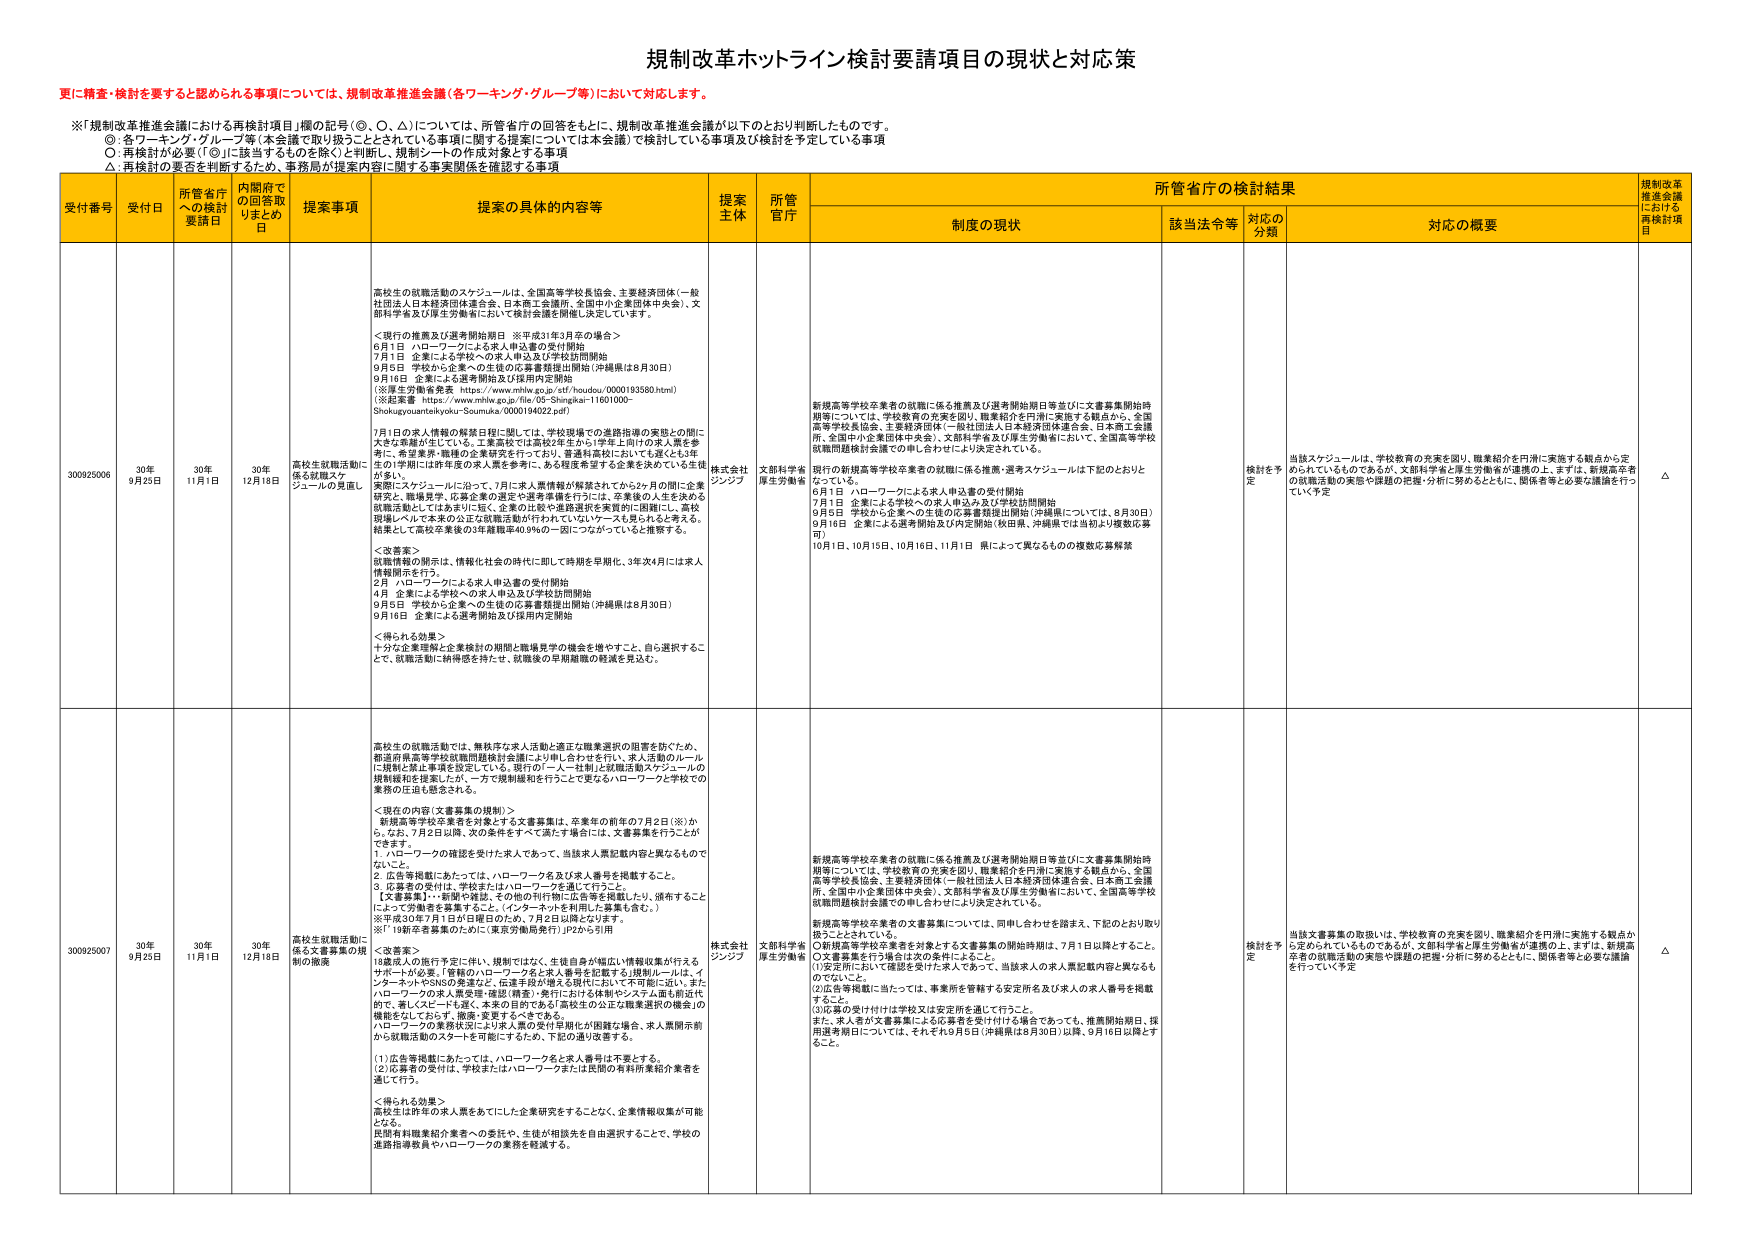
規制改革ホットライン検討要請項目の現状と対応策

更に精査・検討を要すると認められる事項については、規制改革推進会議（各ワーキング・グループ等）において対応します。

※「規制改革推進会議における再検討項目」欄の記号（◎、○、△）については、所管省庁の回答をもとに、規制改革推進会議が以下のとおり判断したものです。
◎ 各ワーキング・グループ等（本会議で取り扱うこととされている事項に限る）に提示については本会議／検討している事項及び検討を予定している事項
○ 再検討が必要（「◎」に該当するものを除く）と判断し、規制シートの作成対象とする事項
△ 再検討の要否を判断するため、事務局が提案内容に関する事実関係を確認する事項

受付番号 受付日 所管省庁への検討要請日 内閣府での回答取りまとめ日 提案事項 提案の具体的内容等 提案主体 所管官庁 所管省庁の検討結果 規制改革推進会議における再検討項目
制度の現状 該当法令等 対応の分類 対応の概要

300925006 30年9月25日 30年11月1日 30年12月18日 高校生就職活動に係る就職スケジュールの見直し 高校生の就職活動のスケジュールは、全国高等学校長協会、主要経済団体（一般社団法人日本経済団体連合会、日本商工芸連盟、全国中小企業団体中央会）、文部科学省及び厚生労働省において検討会議を開催し決定しています。

＜現行の推奨及び選考開始期日 ※平成31年3月卒の場合＞
6月1日 ハローワークによる求人申込書の受付開始
7月1日 企業による学校への求人申込及び学校訪問開始
9月5日 学校から企業への生徒の応募書類提出開始（沖縄県は8月30日）
9月16日 企業による選考開始及び採用内定開始
（※厚生労働省発表 https://www.mhlw.go.jp/stf/houdou/0000193580.html）
（※起業塾 https://www.mhlw.go.jp/file/05-Shingikai-11601000-Shokugyusantaihyaku-Seumuku/0000194022.pdf）

7月1日の求人情報の解禁日に関しては、学校現場での進路指導の実態との間に大きな乖離が生じている。主要高校では高校2年生から1学年上向けの求人票を参考に、希望業界・職種の企業研究を行っており、普通科高校においても遅くとも3年生の7月頃には昨年度の求人票を参考に、ある程度希望する企業を決めている生徒が多い。

変更にスケジュールに沿って、7月に求人票情報が解禁されてから2ヶ月の間に企業研究と、職場見学、応募企業の選定や選考準備を行うには、卒業後の人生を決める就職活動としてはあまりにも短く、企業の採用や進路選択を実質的に困難にし、高校現場レベルで本来の公正な就職活動が行われていないケースも見られると考える。結果として高校卒業後の3年離職率40.9％の一因につながっていると推察する。

＜改善案＞
就職情報の開示は、情報化社会の時代に即して時期を早期化、3年次4月には求人情報開示を行う。
2月 ハローワークによる求人申込書の受付開始
4月 企業による学校への求人申込及び学校訪問開始
9月5日 学校から企業への生徒の応募書類提出開始（沖縄県は8月30日）
9月16日 企業による選考開始及び採用内定開始

＜得られる効果＞
十分な企業理解と企業検討の期間と職場見学の機会を増やすこと、自ら選択することと、就職活動に納得感を持たせ、就職後の早期離職の軽減を見込む。

株式会社ジンジブ 文部科学省厚生労働省 新規高等学校卒業者の就職に係る推奨及び選考開始期日等並びに文書募集開始時期等については、学校教育の充実を図り、職業紹介を円滑に実施する観点から、全国高等学校長協会、主要経済団体（一般社団法人日本経済団体連合会、日本商工芸連盟、全国中小企業団体中央会）、文部科学省及び厚生労働省において、全国高等学校就職問題検討会議での申し合わせにより決定されている。

現行の新規高等学校卒業者の就職に係る推奨・選考スケジュールは下記のとおりとなっている。
6月1日 ハローワークによる求人申込書の受付開始
7月1日 企業による学校への求人申込及び学校訪問開始
9月5日 学校から企業への生徒の応募書類提出開始（沖縄県については、8月30日）
9月16日 企業による選考開始及び内定開始（秋田県、沖縄県では当初より複数応募可）
10月1日、10月15日、10月16日、11月1日 県によって異なるものの複数応募解禁

検討を予定 当該スケジュールは、学校教育の充実を図り、職業紹介を円滑に実施する観点から定められているものであるが、文部科学省と厚生労働省が連携の上、まずは、新規高等学校卒業者の就職活動の実態や課題の把握・分析に努めるとともに、関係者等と必要な議論を行っていく予定

△

300925007 30年9月25日 30年11月1日 30年12月18日 高校生就職活動に係る文書募集の規制の撤廃 高校生の就職活動では、舞鶴市など求人活動と適正な職業選択の阻害を防ぐため、都道府県高等学校就職問題検討会議により申し合わせを行い、求人活動のルールに規制と禁止事項を設定している。現行の「一人一社制」と就職活動スケジュールの規制緩和を提案したが、一方で規制緩和を行うことで更なるハローワークと学校での業務の圧迫も懸念される。

＜現在の内容（文書募集の規制）＞
新規高等学校卒業者を対象とする文書募集は、卒業年の前年の7月2日（※）から、なお、7月2日以降、次の条件をすべて満たす場合は、文書募集を行うことができる。
1. ハローワークの確認を受けた求人であって、当該求人票記載内容と異なるものでないこと。
2. 応告等掲載にあたっては、ハローワーク名及び求人番号を掲載すること。
3. 応募者の受付は、学校またはハローワークを通じて行うこと。
【文書募集】…新聞や雑誌、その他の刊行物に広告等を掲載し、頒布することによって労働者を募集すること（インターネットを利用した募集も含む。）
※平成30年7月1日付日報日のため、7月2日以降とされます。
※「19新卒者募集のため」（東京労働局発行）P2から引用

＜改善案＞
18歳以上の応告手配に伴い、規制ではなく、生徒自身が幅広い情報収集が行えるサポートが必要。「管轄のハローワーク名と求人番号を記載する」規制ルールは、インターネットやSNSの発達など、伝達手段が増える時代において不可能に近い。またハローワークの求人票受理・確認（精査）・発行における体制やシステム面も前述の通り、導入スピードも遅く、本来の目的である「高校生の公正な職業選択の機会」の機能をなしておらず、撤廃・変更するべきである。
ハローワークの業務状況により求人票の受付早期化が困難な場合、求人票開示前から就職活動のスタートを可能にするため、下記の通り改善する。
(1) 応告等掲載にあたっては、ハローワーク名と求人番号は不要とする。
(2) 応募者の受付は、学校またはハローワークまたは民間の有料所業紹介業者を通して行う。

＜得られる効果＞
高校生は昨年の求人票をあてにした企業研究をすることで、企業情報収集が可能となる。
民間有料職業紹介業者への委託や、生徒が相談先を自由選択することで、学校の進路指導教員やハローワークの業務を軽減する。

株式会社ジンジブ 文部科学省厚生労働省 新規高等学校卒業者の就職に係る推奨及び選考開始期日等並びに文書募集開始時期等については、学校教育の充実を図り、職業紹介を円滑に実施する観点から、全国高等学校長協会、主要経済団体（一般社団法人日本経済団体連合会、日本商工芸連盟、全国中小企業団体中央会）、文部科学省及び厚生労働省において、全国高等学校就職問題検討会議での申し合わせにより決定されている。

新規高等学校卒業者の文書募集については、同申し合わせを踏まえ、下記のとおり取り扱うこととしている。
(1) 文書募集を行う場合は次の条件によること。
①安定所において確認を受けた求人であって、当該求人の求人票記載内容と異なるものでないこと。
②応告等掲載に当たっては、事業所を管轄する安定所名及び求人の求人番号を掲載すること。
(3) 応募の受け付けは学校又は安定所を通じて行うこと。
また、求人者が文書募集による応募者を受け付ける場合であっても、推薦開始期日、採用選考期日については、それぞれ9月5日（沖縄県は8月30日）以降、9月16日以降とすること。

検討を予定 当該文書募集の取扱いは、学校教育の充実を図り、職業紹介を円滑に実施する観点から定められているものであるが、文部科学省と厚生労働省が連携の上、まずは、新規高等学校卒業者の就職活動の実態や課題の把握・分析に努めるとともに、関係者等と必要な議論を行っていく予定

△